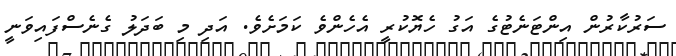
ސަރުކާރުން އިންޓަނެޓުގެ އަގު ހެޔޮކުރީ އެހެންވެ ކަމަށެވެ. އަދި މި ބަދަލު ގެނެސްފައިވަނީ